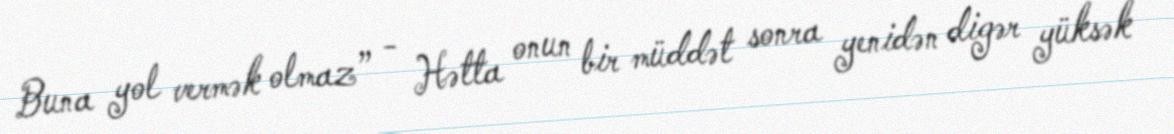
Buna yol vermək olmaz” - Hətta onun bir müddət sonra yenidən digər yüksək